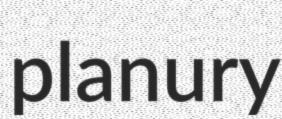
planury